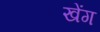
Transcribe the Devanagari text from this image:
खेंग